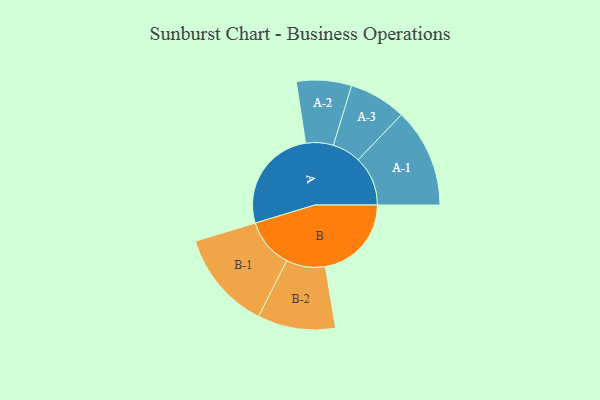
{"axis": {"x": "Segment", "y": "Value"}, "legend": ["", "A", "B"], "data": [{"x": "A", "y": 405, "type": ""}, {"x": "B", "y": 332, "type": ""}, {"x": "A-1", "y": 191, "type": "A"}, {"x": "A-2", "y": 106, "type": "A"}, {"x": "A-3", "y": 110, "type": "A"}, {"x": "B-1", "y": 191, "type": "B"}, {"x": "B-2", "y": 150, "type": "B"}]}